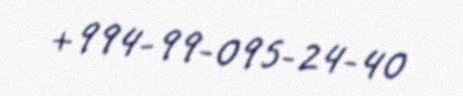
+994-99-095-24-40